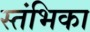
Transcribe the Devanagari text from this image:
स्तंभिका